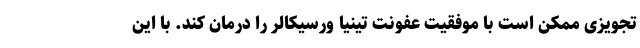
تجویزی ممکن است با موفقیت عفونت تینیا ورسیکالر را درمان کند. با این